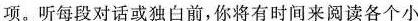
项。听每段对话或独白前,你将有时间来阅读各个